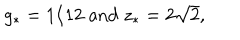
g _ { * } = 1 / 1 2 \; \mathrm { a n d } \; z _ { * } = 2 \sqrt { 2 } ,